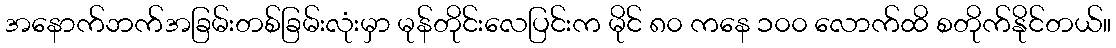
အနောက်ဘက်အခြမ်းတစ်ခြမ်းလုံးမှာ မုန်တိုင်းလေပြင်းက မိုင် ၈၀ ကနေ ၁၀၀ လောက်ထိ စတိုက်နိုင်တယ်။